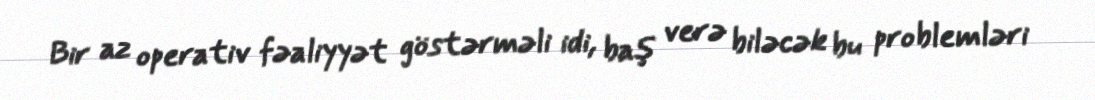
Bir az operativ fəaliyyət göstərməli idi, baş verə biləcək bu problemləri